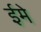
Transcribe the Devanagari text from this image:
ईमे